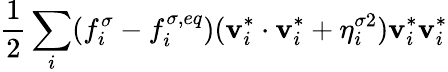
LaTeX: \frac{1}{2}\sum_{i}(f_{i}^{\sigma}-f_{i}^{\sigma,eq})(\mathbf{v}_{i}^{*}\cdot\mathbf{v}_{i}^{*}+\eta_{i}^{\sigma 2})\mathbf{v}_{i}^{*}\mathbf{v}_{i}^{*}